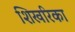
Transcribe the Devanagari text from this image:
शिखरिका